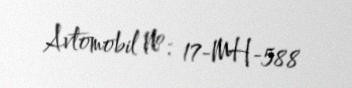
Avtomobil №: 17-MH-588